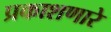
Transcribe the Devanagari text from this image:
प्रकाशणारे